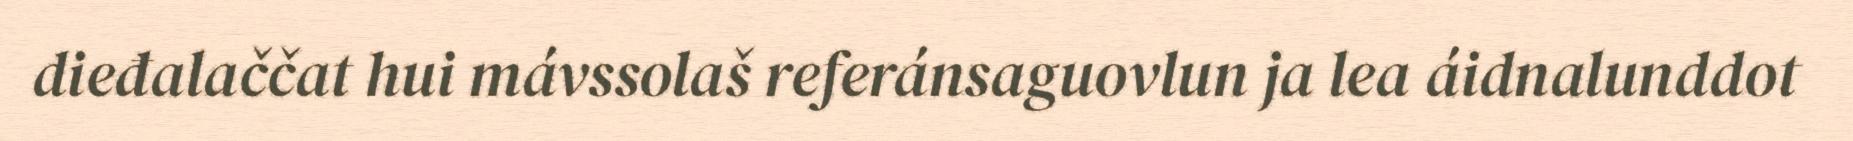
dieđalaččat hui mávssolaš referánsaguovlun ja lea áidnalunddot